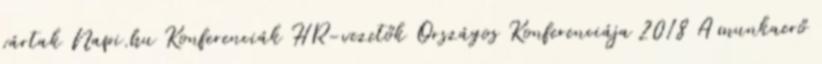
vártak Napi.hu Konferenciák HR-vezetők Országos Konferenciája 2018 A munkaerő